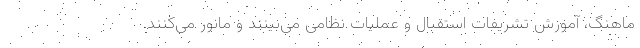
ماهنگ، آموزش تشریفات استقبال و عملیات نظامی می‌بینند و مانور می‌کنند.